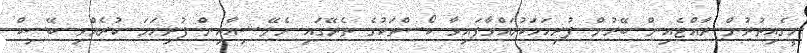
މީގެއިތުރުން ރާއްޖެއިން ބޭރުން ފުރިހަމަކުރައްވާފައިވާ ކޯސްތަކުގެ ތެރޭގައި މެލޭޝިއާއިން ފުރިހަމަ ކުރެއްވި ބޭސިކް